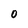
Character: O